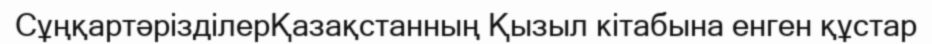
СұңқартәрізділерҚазақстанның Қызыл кітабына енген құстар